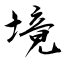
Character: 境